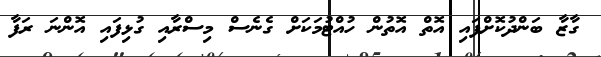
ގާޒާ ބަންދުކޮށްފައި އޮތް އޮތުން ހުއްޓުމަކަށް ގެނެސް މިސްރާއި ގުޅިފައި އޮންނަ ރަފާ